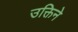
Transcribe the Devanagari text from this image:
उक्तिने